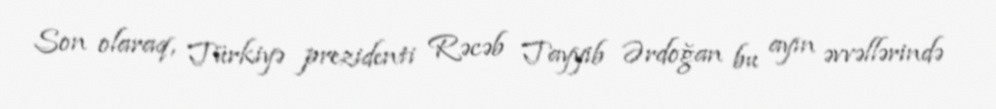
Son olaraq, Türkiyə prezidenti Rəcəb Tayyib Ərdoğan bu ayın əvvəllərində